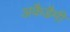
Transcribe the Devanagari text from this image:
अकैडैमी